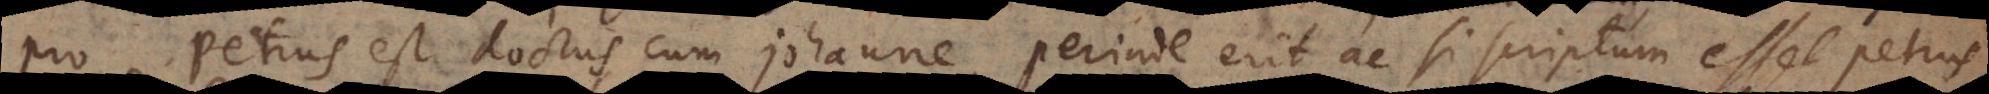
pro Petrus est doctus cum Johanne, perinde erit ac si scriptum esset Petrus